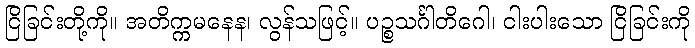
ငြိခြင်းတို့ကို။ အတိက္ကမနေန၊ လွန်သဖြင့်။ ပဉ္စသင်္ဂါတိဂေါ၊ ငါးပါးသော ငြိခြင်းကို